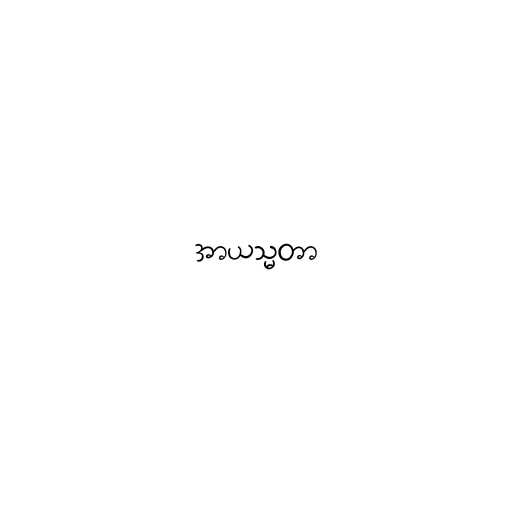
အာယသ္မတာ